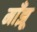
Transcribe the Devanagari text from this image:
माँझू